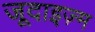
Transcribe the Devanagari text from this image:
जूदाइज़्म